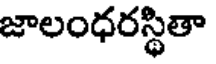
జాలంధరస్థితా